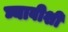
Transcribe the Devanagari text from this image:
घ्यावीशी